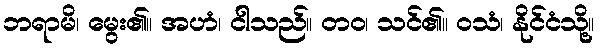
ဘရာမိ၊ မွေး၏။ အဟံ၊ ငါသည်။ တဝ၊ သင်၏။ ဝသံ၊ နိုင်ငံသို့။